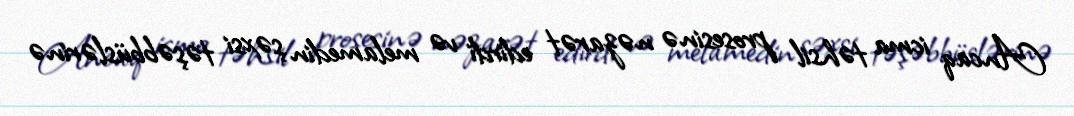
Ancaq icma təhsil prosesinə nəzarət edirdi və melamedin şəxsi təşəbbüslərinə